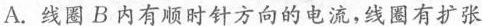
A.线圈B内有顺时针方向的电流，线圈有扩张